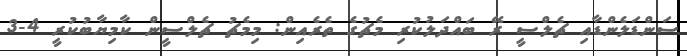
ސަންޑަލެންޑާއި ޗެލްސީ ރޭ ބައްދަލުކުރި މެޗުގެ ތެރެއިން: މިމެޗު ޗެލްސީން ކާމިޔާބުކުރީ 4-3